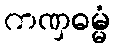
ကဏှဓမ္မံ